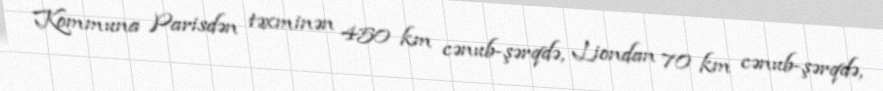
Kommuna Parisdən təxminən 450 km cənub-şərqdə, Liondan 70 km cənub-şərqdə,